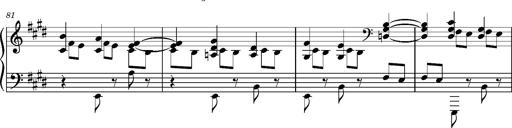
Title: PrÃ©ludes et Harmonies poÃ©tiques et religieuses
Composer: Franz Liszt